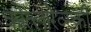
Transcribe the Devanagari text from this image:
कोत्लारेव्स्की